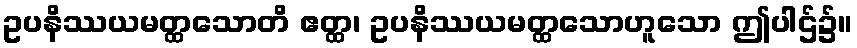
ဥပနိဿယမတ္ထသောတိ ဧတ္ထ၊ ဥပနိဿယမတ္ထသောဟူသော ဤပါဌ်၌။